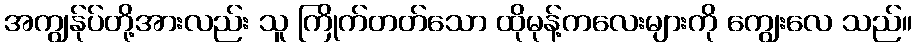
အကျွန်ုပ်တို့အားလည်း သူ ကြိုက်တတ်သော ထိုမုန့်ကလေးများကို ကျွေးလေ သည်။